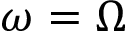
\omega = \Omega